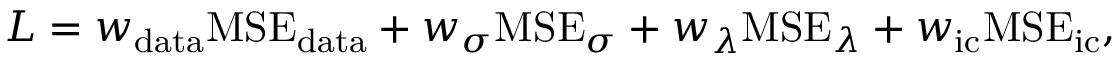
L = w _ { \mathrm { d a t a } } \mathrm { M S E _ { \mathrm { d a t a } } } + w _ { \sigma } \mathrm { M S E } _ { \sigma } + w _ { \lambda } \mathrm { M S E } _ { \lambda } + w _ { \mathrm { i c } } \mathrm { M S E } _ { \mathrm { i c } } ,